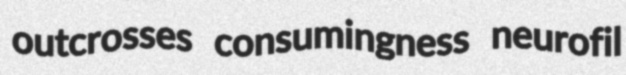
outcrosses consumingness neurofil